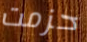
حزمت